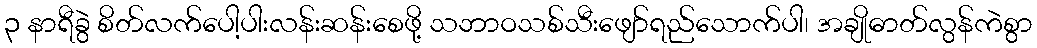
၃ နာရီခွဲ စိတ်လက်ပေါ့ပါးလန်းဆန်းစေဖို့ သဘာဝသစ်သီးဖျော်ရည်သောက်ပါ၊ အချိုဓာတ်လွန်ကဲစွာ